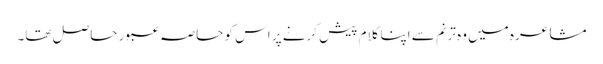
مشاعرہ میں وہ ترنم سے اپنا کلام پیش کرنے پر اس کو حاصہ عبور حاصل تھا۔